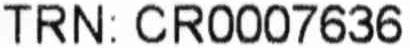
TRN: CR0007636